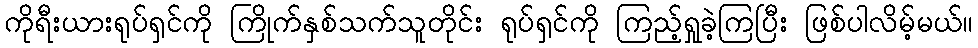
ကိုရီးယားရုပ်ရှင်ကို ကြိုက်နှစ်သက်သူတိုင်း ရုပ်ရှင်ကို ကြည့်ရှုခဲ့ကြပြီး ဖြစ်ပါလိမ့်မယ်။